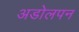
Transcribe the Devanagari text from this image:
अडोलपन